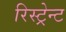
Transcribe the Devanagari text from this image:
रिस्ट्रेन्ट